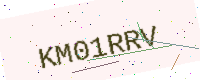
Text: KM01RRV